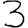
Digit: 3